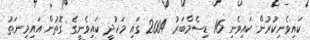
ކައިވެނިކުރުން ކައިވެނި 16 ޑިސެމްބަރު 2004 ގައި މަހުދީ ކައިވެނީގެ ގޮތުން އައިމިނަތު